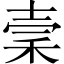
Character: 𥞤